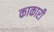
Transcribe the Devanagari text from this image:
काकारी